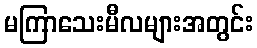
မကြာသေးမီလများအတွင်း